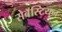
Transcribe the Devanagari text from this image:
सेबॅस्टियन